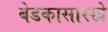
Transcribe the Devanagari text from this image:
बेडकासारखे